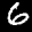
Label: 6